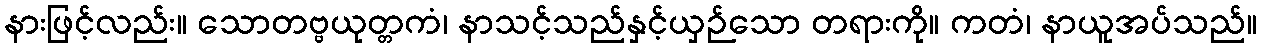
နားဖြင့်လည်း။ သောတဗ္ဗယုတ္တကံ၊ နာသင့်သည်နှင့်ယှဉ်သော တရားကို။ ကတံ၊ နာယူအပ်သည်။